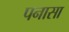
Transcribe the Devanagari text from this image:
पनासा